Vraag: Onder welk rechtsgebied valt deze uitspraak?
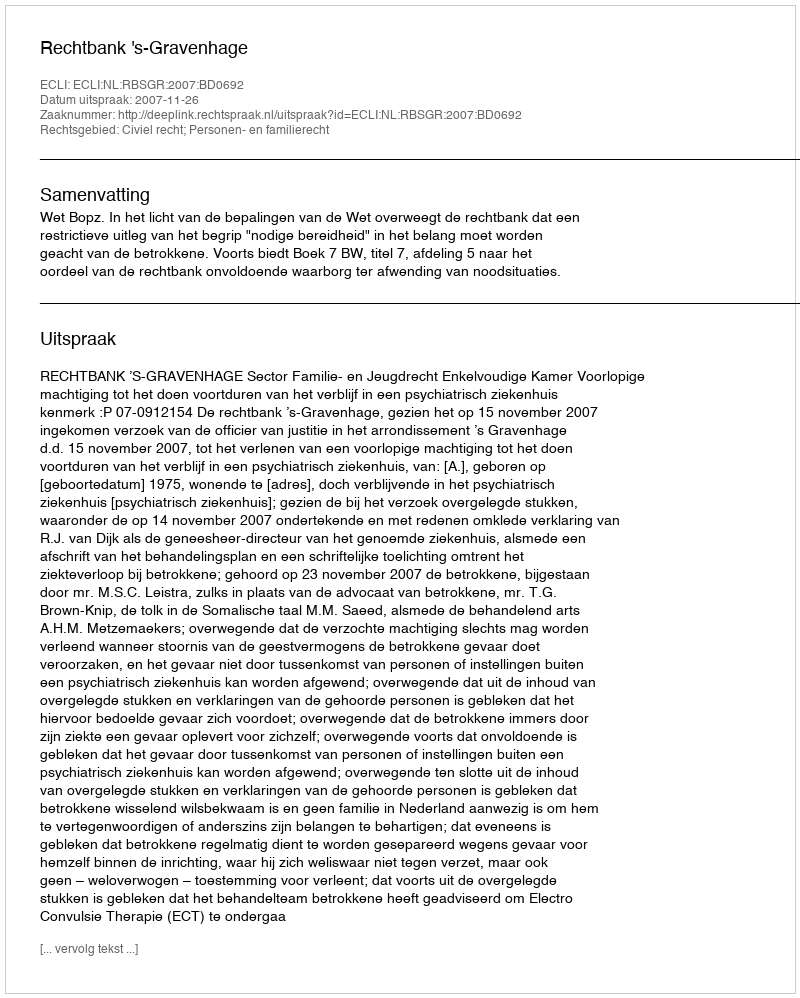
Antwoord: Civiel recht; Personen- en familierecht